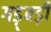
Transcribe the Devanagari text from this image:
गड़्बड़ी